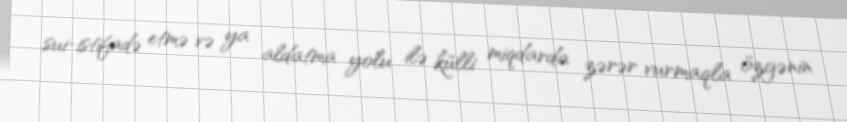
sui-istifadə etmə və ya aldatma yolu ilə külli miqdarda zərər vurmaqla özgənin